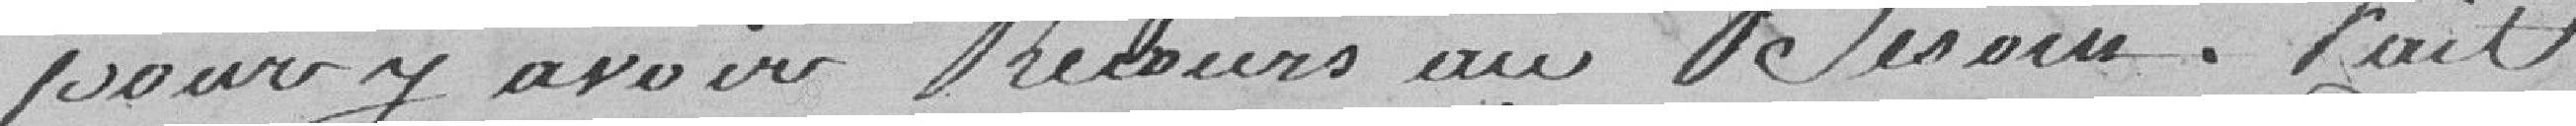
pour y avoir recours au besoin. Fait